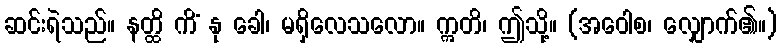
ဆင်းရဲသည်။ နတ္ထိ ကိံ နု ခေါ၊ မရှိလေသလော။ ဣတိ၊ ဤသို့။ (အဝေါစ၊ လျှောက်၏။)